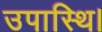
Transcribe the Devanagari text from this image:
उपास्थि।